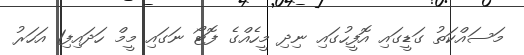
މަސައްކަތު ގަޑީގައި އޮފީހުގައި ނިދި މީހެއްގެ ފޮޓޯ ނަގައި މީމް ހަދައިފި1 އަހަރު